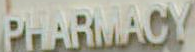
PHARMACY